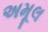
અમૂલ